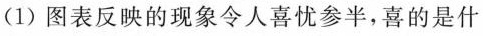
(1)图表反映的现象令人喜忧参半，喜的是什